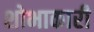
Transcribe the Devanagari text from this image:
शोभाकारी